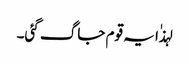
لہذٰا یہ قوم جاگ گئی۔